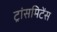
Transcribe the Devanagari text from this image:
ट्रांसमिटेंस